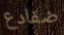
ضفادع